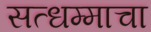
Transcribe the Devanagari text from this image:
सत्धम्माचा